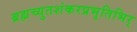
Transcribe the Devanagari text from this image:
ब्रह्मच्युतशंकरप्रभृतिभिर्‌